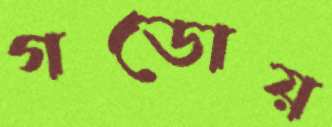
গডোয়